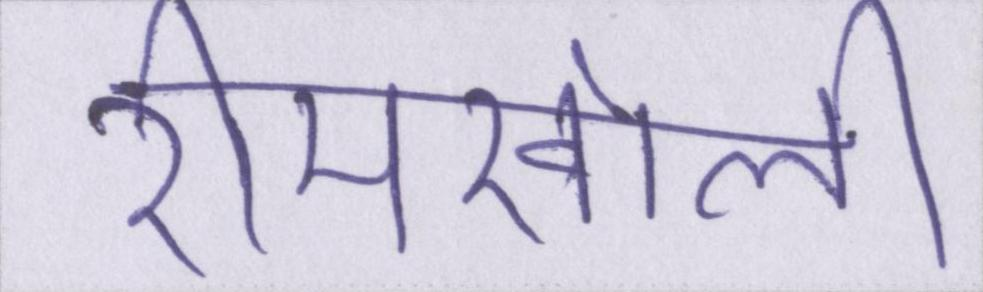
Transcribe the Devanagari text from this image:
रीमखोली